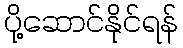
ပို့ဆောင်နိုင်ရန်